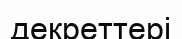
декреттері